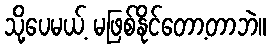
သို့ပေမယ့် မဖြစ်နိုင်တော့တာဘဲ။